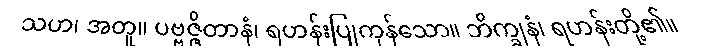
သဟ၊ အတူ။ ပဗ္ဗဇ္ဇိတာနံ၊ ရဟန်းပြုကုန်သော။ ဘိက္ခုနံ၊ ရဟန်းတို့၏။